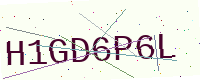
Text: H1GD6P6L